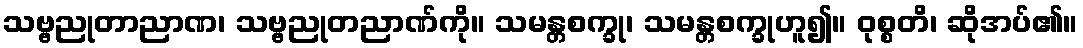
သဗ္ဗညုတာညာဏ၊ သဗ္ဗညုတညာဏ်ကို။ သမန္တစက္ခု၊ သမန္တစက္ခုဟူ၍။ ဝုစ္စတိ၊ ဆိုအပ်၏။